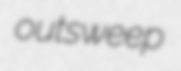
outsweep